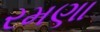
રમણા